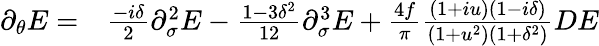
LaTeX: \begin{array}{rl}{\partial_{\theta}E=}&{{}\frac{-i\delta}{2}\partial_{\sigma}^{2}E-\frac{1-3\delta^{2}}{12}\partial_{\sigma}^{3}E+\frac{4f}{\pi}\frac{(1+iu)(1-i\delta)}{(1+u^{2})(1+\delta^{2})}DE}\end{array}